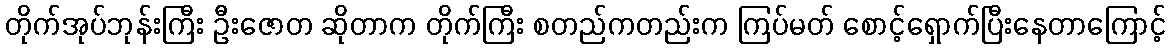
တိုက်အုပ်ဘုန်းကြီး ဦးဇောတ ဆိုတာက တိုက်ကြီး စတည်ကတည်းက ကြပ်မတ် စောင့်ရှောက်ပြီးနေတာကြောင့်